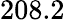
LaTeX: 208.2